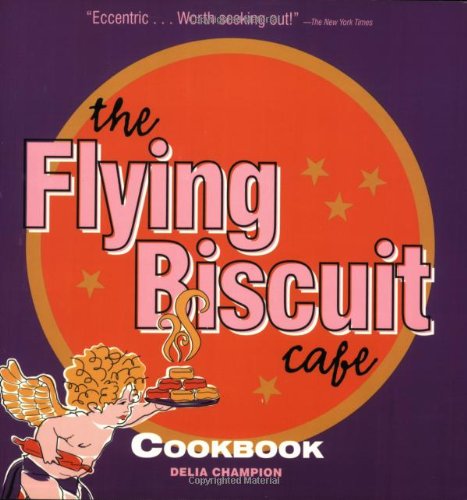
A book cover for The Flying Biscuit Cafe Cookbook; Delia Champion; Cookbooks, Food & Wine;